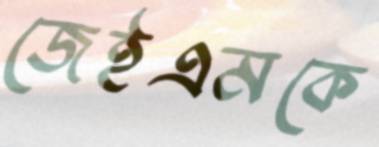
জেইএমকে